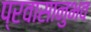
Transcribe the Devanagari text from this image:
प्रवासानुभव